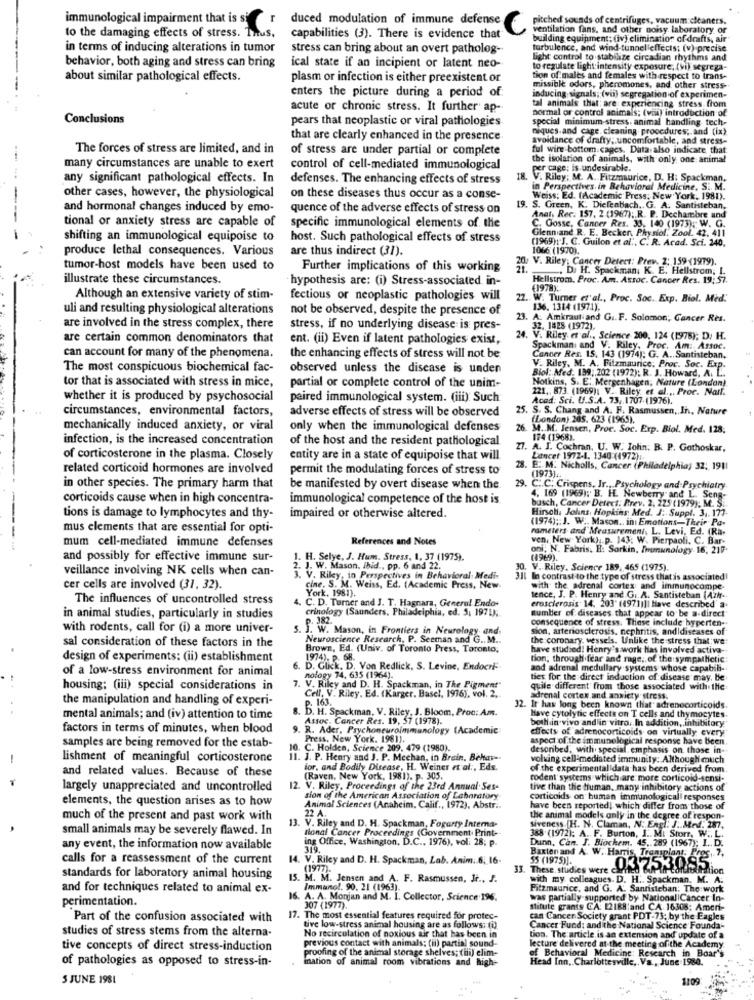
immunological impairment that i
duced modulation of immune defense.
pitched sounds of centrifuges, vacuum cleaners.
ventilation fans, and other noisy laboratory of
to the damaging effects of stress. Thus,
capabilities (3). There is evidence that
building equipment; (iv) elimination of drafts, air
in terms of inducing alterations in tumor
stress can bring about an overt patholog-
turbulence, and wind tunnel effects; (v) precise
behavior, both aging and stress can bring
Light control to stabilize circadian rhythms and
ical state if an incipient or latent neo-
to regulate light intensity exposure, (vi) segrega-
about similar pathological effects.
plasm or infection is either preexistent or
tion of males and females with respect to trans-
enters the picture during a period of:
missible odors, pheromones, and other stress-
inducing signals; (vii) segregation of experimen-
acute or chronic stress. It further ap-
normal or control animals; (vii) introduction of
tal animals that: are experiencing stress. from
Conclusions
pears that neoplastic or viral pathologies
special minimum-stress, animal handling, tech-
niques.and cage, cleaning procedures; and (ix)
that are clearly enhanced in the presence
avoidance of drafty; uncomfortable, and stress-
The forces of stress are limited, and in
of stress are under partial or complete
ful wire bottom cages. Data also indicate that
the isolation of animals, with only one animal
many circumstances are unable to exert
control of cell-mediated immunological
per cage; is undesirable.
any significant pathological effects. In
defenses. The enhancing effects of stress
18. V. Riley; M. A. Fitzmaurice, D. H: Spackman.
in Perspectives. in Behavioral Medicine, Si. M.
other cases, however, the physiological
on these diseases thus occur as a conse-
Weiss: Ed. (Academic Press, New York, 1981).
and hormonal changes induced by emo-
quence of the adverse effects of stress on
19. S. Green, K. Diefenbach. G. A. Santisteban,
tional or anxiety stress are capable of
Anat, Rec. 157, 2 (1967); R. P. Dechambre und
C. Gosse, Cancer Res. 33. 140 (1973): W. G.
specific immunological elements of the
Glenn and R. E. Becker, Physiol. Zool. 42, 411
shifting an immunological equipoise to
host. Such pathological effects of stress
(1969): J. C. Guilon et al ., C. R. Acad. Sci. 240,
produce lethal consequences. Various
are thus indirect (31).
1066 (1970).
V. Riley: Cancer Detect: Prev. 2: 159 (1979).
tumor-host models have been used to
Further implications of this working
. Di H. Spackman, K. E. Hellstrom, I.
illustrate these circumstances.
hypothesis are: (i) Stress-associated in-
Hellstrom, Proc. Am. Assoc. Cancer Res. 19: 57.
(1978):
Although an extensive variety of stim-
fectious or neoplastic pathologies will
22.
W. Turner et al ., Proc. Soc. Exp. Biol. Med.
uli and resulting physiological alterations
not be observed, despite the presence of
136. 1314 (1971).
23. A. Amkraut and G .. F. Solomon; Cancer Res.
are involved in the stress complex, there
stress, if no underlying disease is pres-
32. 1828 (1972).
are certain common denominators that
ent. (ii) Even if latent pathologies exist,
I. V. Riley et al ., Science 200, 124 (1978); D. H.
Spackmani and V. Riley, Proc. Am: Assoc.
can account for many of the phenomena.
the enhancing effects of stress will not be
Cancer Res. 15, 143 (1974); G. A .. Santisteban.
The most conspicuous biochemical fac-
observed unless the disease is unden
V. Riley, M. A. Fitzmaurice, Proc. Soc. Exp.
Biol: Med. 139; 202 (1972); R. J. Howard, A. L ..
tor that is associated with stress in mice,
Notkins, S .. E. Mergenhagen, Nature (London)
partial or complete control of the unim-
221 ,, 873. (1969): V. Riley et al .,, Proc. Narl.
whether it is produced by psychosocial
paired immunological system. (iii). Such
Acad: Sci. U.S.A. 73, 1707-(1976).
circumstances, environmental factors,
adverse effects of stress will be observed
25. S. S. Chang and A. F. Rasmussen ,, In, Nature
(London) 205. 623 (1965).
mechanically induced anxiety, or viral
only when the immunological defenses
26. M. M. Jensen, Proc. Soc. Exp. Biol. Med. 128;
infection, is the increased concentration
of the host and the resident pathological
174 (1968).
27. A. J. Cochran, U. W. John. B. P. Gothoskar,
of corticosterone in the plasma. Closely
entity are in a state of equipoise that will
Lancet 1972-1. 1340 (1972)
related corticoid hormones are involved
permit the modulating forces of stress to
28. E. M. Nicholls, Cancer (Philadelphia) 32; 1911
(1973) ..
in other species. The primary harm that
be manifested by overt disease when the.
29. C.C. Crispens, Jr ., Psychology and Psychiatry
corticoids cause when in high concentra-
immunological competence of the host is.
busch, Cancer Detect: Prev. 2. 225 (1979); M. S.
4. 169 (1969); B. H. Newberry and L. Seng-
Hirsch. Johns Hopkins Med. J. Suppl. 3 ,. 173.
tions is damage to lymphocytes and thy-
impaired or otherwise altered.
(1974) ;: J. W .. Mason .. in: Emotions-Their Pa.
mus elements that are essential for opti-
rameters and Measurement, L. Levi, Ed.
mum cell-mediated immune defenses
References and Notes
ven, New York) .. p. 143; W. Pierpaoli, C. Bar-
oni, N. Fabris. H: Sorkin, Inununology 16, 210
and possibly for effective immune sur-
.H. Selye, J. Hum. Stress, 1, 37 (1975),
(4969).
veillance involving NK cells when can-
2. J. W. Mason. Ibid ., pp. 6 and 22.
30.
30. V. Riley. Science 189. 465 (1975).
3. V. Riky, in Perspectives in Behavioral Medi-
311 In contrast to the type of stress that is associated!
cer cells are involved (31, 32).
cine. S. M. Weiss, Ed. (Academic Press, New.
with the adrenal cortex and immunocompe-
The influences of uncontrolled stress
4. C. D. Turner and J. T. Hagnara, General Endo-
York, 1981).
tence, J. P. Henry and Gi. A. Santisteban (Azh.
erosclerosis- 14. 203' (4971]]| Have described a
crinology (Saunders, Philadelphia, ed. 5, 1971);
number of diseases that appear to be a-direct
in animal studies, particularly in studies
p. 382
consequence of stress. These include hyperten -.
with rodents, call for (i) a more univer-
. J. W. Mason, in Frontiers in Neurology, and.
sion, arteriosclerosis, nephritis, andidiseases of
Neuroscience Research, P. Seeman and G .. M ..
the coronary. vessels. Unlike the stress that : we:
sal consideration of these factors in the
Brown, Ed. (Univ. of Toronto Press, Toronto,
have studied: Henry's work has involved activa-
design of experiments: (ii) establishment
1974). P. 6
tion, through fear and rage, of the sympathetic:
of a low-stress environment for animal
6. D. Glick. D. Von Redlick, S. Levine, Endocri".
and adrenal medullary systems whose capabili-
nology 74, 635 (1964).
ties for the direct induction of disease may, be
housing; (iii) special considerations in
7. V. Riley and D. H. Spackman, in The Pigment"
quite different from those associated with the
the manipulation and handling of experi-
Cell, V. Riley. Ed. (Karger. Basel, 1976), vol. 2.
adrenal cortex and anxiety stress.
b. H. Spackman. V. Riley, J. Bloom, Proc: Am.
32. Ir has long been known that adrenocorticoids.
mental animals; and (iv) attention to time
Assoc. Cancer Res. 19, 57 (1978).
Have cytolytic effects on T cells and thymocytes.
both in vivo and in vitro, In addition, inhibitory"
factors in terms of minutes, when blood
R. Ader, Psychoneuroimmunology (Academic:
effects of adrenocorticoids on virtually every
Press, New York. 1981),
aspect of the immune
aspect of the immunelogical response have been
samples are being removed for the estab-
10. C. Holden, Science 209. 479 (1980).
desoribed, with special. emphasis on those in-
-
lishment of meaningful corticosterone
1. J. P. Henry and J. P. Mechan, in Brain, Bekar-
volding cell-mediated immunity: Although much
and related values. Because of these
for, and Bodily Disease, H. Weiner et al ., Eds.
of the experimentalidata has been derived from.
(Raven, New York, 1981). p. 305.
rodent systems which are more corticoid-sensi-
largely unappreciated and uncontrolled
12. V. Riley, Proceedings of the 23rd Annual. Ses-
tive than the human. many inhibitory actions of
elements, the question arises as to how
sion of the American Association of Laboratory
corticoids on human immunological responses
Animal Sciences (Anaheim, Calif ., 1972), Abstr ..
22 A.
have been reported! which differ from those of
much of the present and past work with
13. V. Riley and D. H. Spackman, Fogarty Interna-
the animal models only in the degree of respon-
small animals may be severely flawed. In
nonal Cancer Proceedings (Government Print-
siveness [H. N. Claman, N. Engl: J. Med. 287,
388 (1972): A. F. Burton, I .. MI Storr, W ., L.
ing Office, Washington, D.C ., 1976), vol: 28; p.
any event, the information now available
319.
Dunn, Can. J. Biochem. 45. 289 (1967); I ..
calls for a reassessment of the current
14. V. Riley and D. H. Spackman, Lab. Anim: 6, 16.
Barten and A. W. Harris, Transplant: Pros, 7.
55 (1975)].
(1977).
04.753085
standards for laboratory animal housing
15. M. M. Jensen and A. F. Rasmussen, Jr ., J.
with my colleagues. D. H .. Spackman. M. A.
and for techniques related to animal ex-
Immunol. 90. 21 (1963).
Fitzmaurice, and G. A. Santisteban: The work
perimentation.
16. A. A. Monjan and M. I. Collector, Science 196.
was partially supported by National Cancer In-
307 (1977).
Stitute grants CA: 12188:and CA. 16308; Ameri-
Part of the confusion associated with
17. The most essential features required for protec-
can Cancer Society grant PDT-73; by the Eagles
studies of stress stems from the alterna-
tive low-stress animal housing are as follows: (0)
No recirculation of noxious air that has been in
Cancer Fund: and the National Science Founda-
previous contact with animals; (ii) partial sound-
tion. The article is an extension and update of a
tive concepts of direct stress-induction
proofing of the animal storage shelves; (ii) elim-
lecture delivered at the meeting ofithe Academy
of pathologies as opposed to stress-in-
ination of animal room vibrations and high-
Head Inn, Charlottesville, Va ., June 1980.
of Behavioral Medicine: Research in Boar'
S JUNE 1981
1109